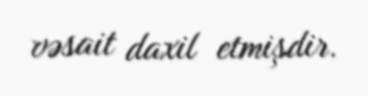
vəsait daxil etmişdir.